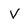
Character: V